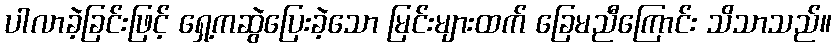
ပါလာခဲ့ခြင်းဖြင့် ရှေ့ကဆွဲပြေးခဲ့သော မြင်းများထက် ခြေမညီကြောင်း သိသာသည်။